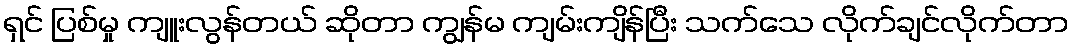
ရှင် ပြစ်မှု ကျူးလွန်တယ် ဆိုတာ ကျွန်မ ကျမ်းကျိန်ပြီး သက်သေ လိုက်ချင်လိုက်တာ